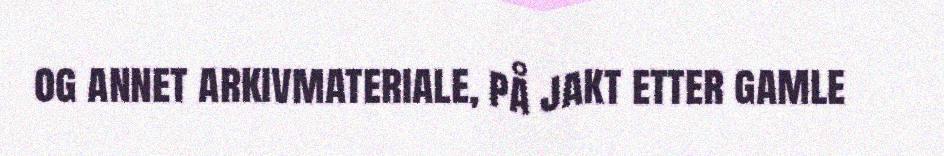
og annet arkivmateriale, på jakt etter gamle